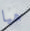
هيا